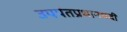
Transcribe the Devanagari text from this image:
उपपंतप्रधानपदी